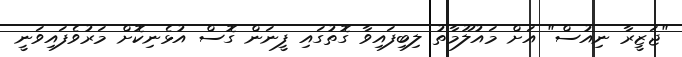
"ޖަޒީރާ ނިއުސް" އަށް މައުލޫމާތު ލިބިފައިވާ ގޮތުގައި ފީނަން ގޮސް އުޅެނިކޮށް މަރުވެފައިވަނީ